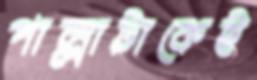
পাল্লাটাকেই